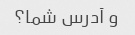
و آدرس شما؟